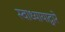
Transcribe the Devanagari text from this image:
स्वाध्यायाद्वारे